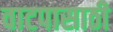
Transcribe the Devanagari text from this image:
वाटपासाठी